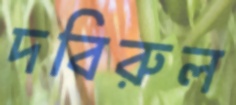
দবিরুল